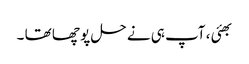
بھئی ، آپ ہی نے حل پو چھا تھا ۔